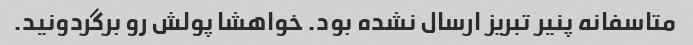
متاسفانه پنیر تبریز ارسال نشده بود. خواهشا پولش رو برگردونید.